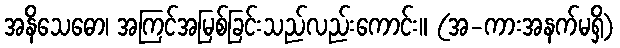
အနိသေဓော၊ အကြင်အမြစ်ခြင်းသည်လည်းကောင်း။ (အ-ကားအနက်မရှိ)